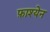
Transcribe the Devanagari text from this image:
फ़ाश्येन